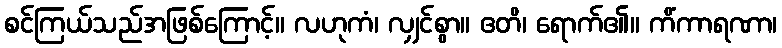
စင်ကြယ်သည်အဖြစ်ကြောင့်။ လဟုကံ၊ လျှင်စွာ။ ဧတိ၊ ရောက်၏။ ကိံကာရဏာ၊